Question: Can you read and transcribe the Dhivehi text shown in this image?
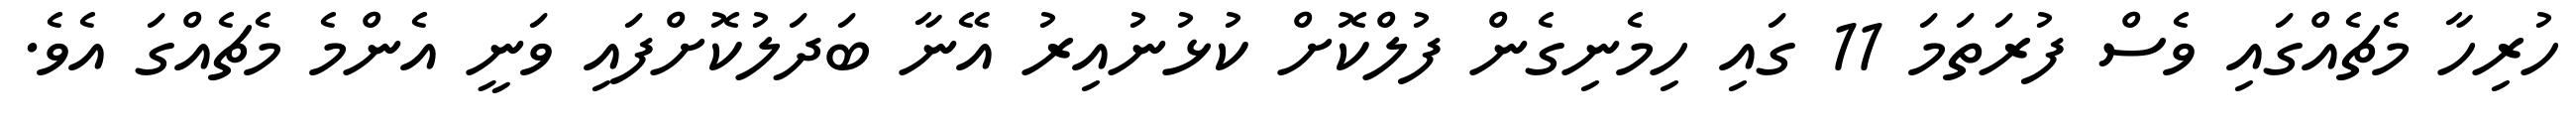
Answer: ހުރިހާ މެޗެއްގައި ވެސް ފުރަތަމަ 11 ގައި ހިމެނިގެން ފުލްކޮށް ކުޅުނުއިރު އޭނާ ބަދަލުކޮށްފައި ވަނީ އެންމެ މެޗެއްގަ އެވެ.